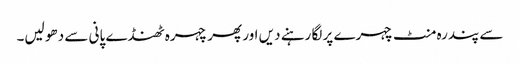
سے پندرہ منٹ چہرے پر لگا رہنے دیں اور پھر چہرہ ٹھنڈے پانی سے دھو لیں۔